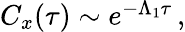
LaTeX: \begin{array}{r}{C_{x}(\tau)\sim e^{-\Lambda_{1}\tau}\, ,}\end{array}